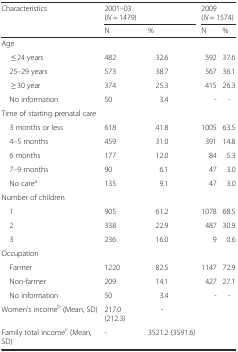
| <ROWSPAN=3> Characteristics | <COLSPAN=2> 2001–03 | <COLSPAN=2> 2009 |
 | <COLSPAN=2> (N = 1479) | <COLSPAN=2> (N = 1574) |
 | N | % | N | % |
 | --- | --- | --- | --- | --- |
 | <COLSPAN=5> Age |
 | ≤ 24 years | 482 | 32.6 | 592 | 37.6 |
 | 25–29 years | 573 | 38.7 | 567 | 36.1 |
 | ≥ 30 year | 374 | 25.3 | 415 | 26.3 |
 | No information | 50 | 3.4 | - | - |
 | <COLSPAN=5> Time of starting prenatal care |
 | 3 months or less | 618 | 41.8 | 1005 | 63.5 |
 | 4–5 months | 459 | 31.0 | 391 | 14.8 |
 | 6 months | 177 | 12.0 | 84 | 5.3 |
 | 7–9 months | 90 | 6.1 | 47 | 3.0 |
 | No carea | 135 | 9.1 | 47 | 3.0 |
 | <COLSPAN=5> Number of children |
 | 1 | 905 | 61.2 | 1078 | 68.5 |
 | 2 | 338 | 22.9 | 487 | 30.9 |
 | 3 | 236 | 16.0 | 9 | 0.6 |
 | <COLSPAN=5> Occupation |
 | Farmer | 1220 | 82.5 | 1147 | 72.9 |
 | Non-farmer | 209 | 14.1 | 427 | 27.1 |
 | No information | 50 | 3.4 | - | - |
 | Women’s incomeb (Mean, SD) | 217.0 (212.3) | - |  |  |
 | Family total incomec (Mean, SD) | - | 3521.2 (3591.6) |  |  |